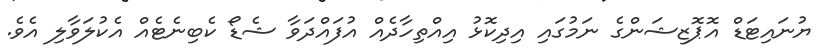
ޔުނައިޓަޑް އޮޕޮޒިޝަންގެ ނަމުގައި އިދިކޮޅު އިއްތިހާދެއް އުފައްދަވާ ޝެޑޯ ކެބިނެޓެއް އެކުލަވާލި އެވެ.